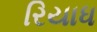
રિયાધ